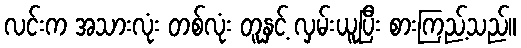
လင်းက အသားလုံး တစ်လုံး တူနှင့် လှမ်းယူပြီး စားကြည့်သည်။